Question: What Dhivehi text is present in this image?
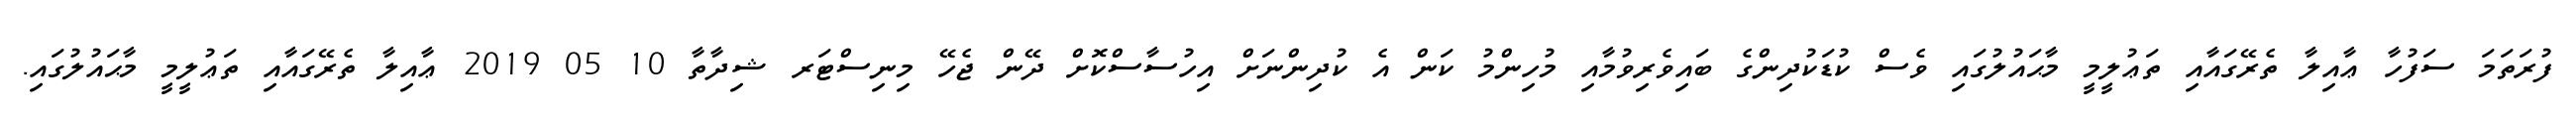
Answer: ފުރަތަމަ ސަފުހާ ޢާއިލާ ތެރޭގައާއި ތަޢުލީމީ މާޙައުލުގައި ވެސް ކުޑަކުދިންގެ ބައިވެރިވުމާއި މުހިންމު ކަން އެ ކުދިންނަށް އިހުސާސްކޮށް ދޭން ޖެހޭ މިނިސްޓަރ ޝިދާތާ 10 05 2019 ޢާއިލާ ތެރޭގައާއި ތަޢުލީމީ މާޙައުލުގައި.